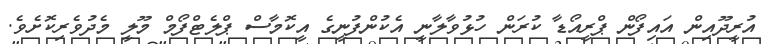
އުރީދޫއިން އައިފޯން ޕްރީއޯޑާ ކުރަން ހުޅުވާލާނީ އެކުންފުނީގެ އީކޮމާސް ޕްލެޓްފޯމް މޫލީ މެދުވެރިކޮށެވެ.